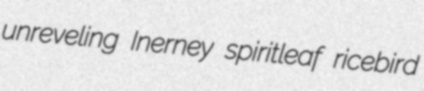
unreveling Inerney spiritleaf ricebird